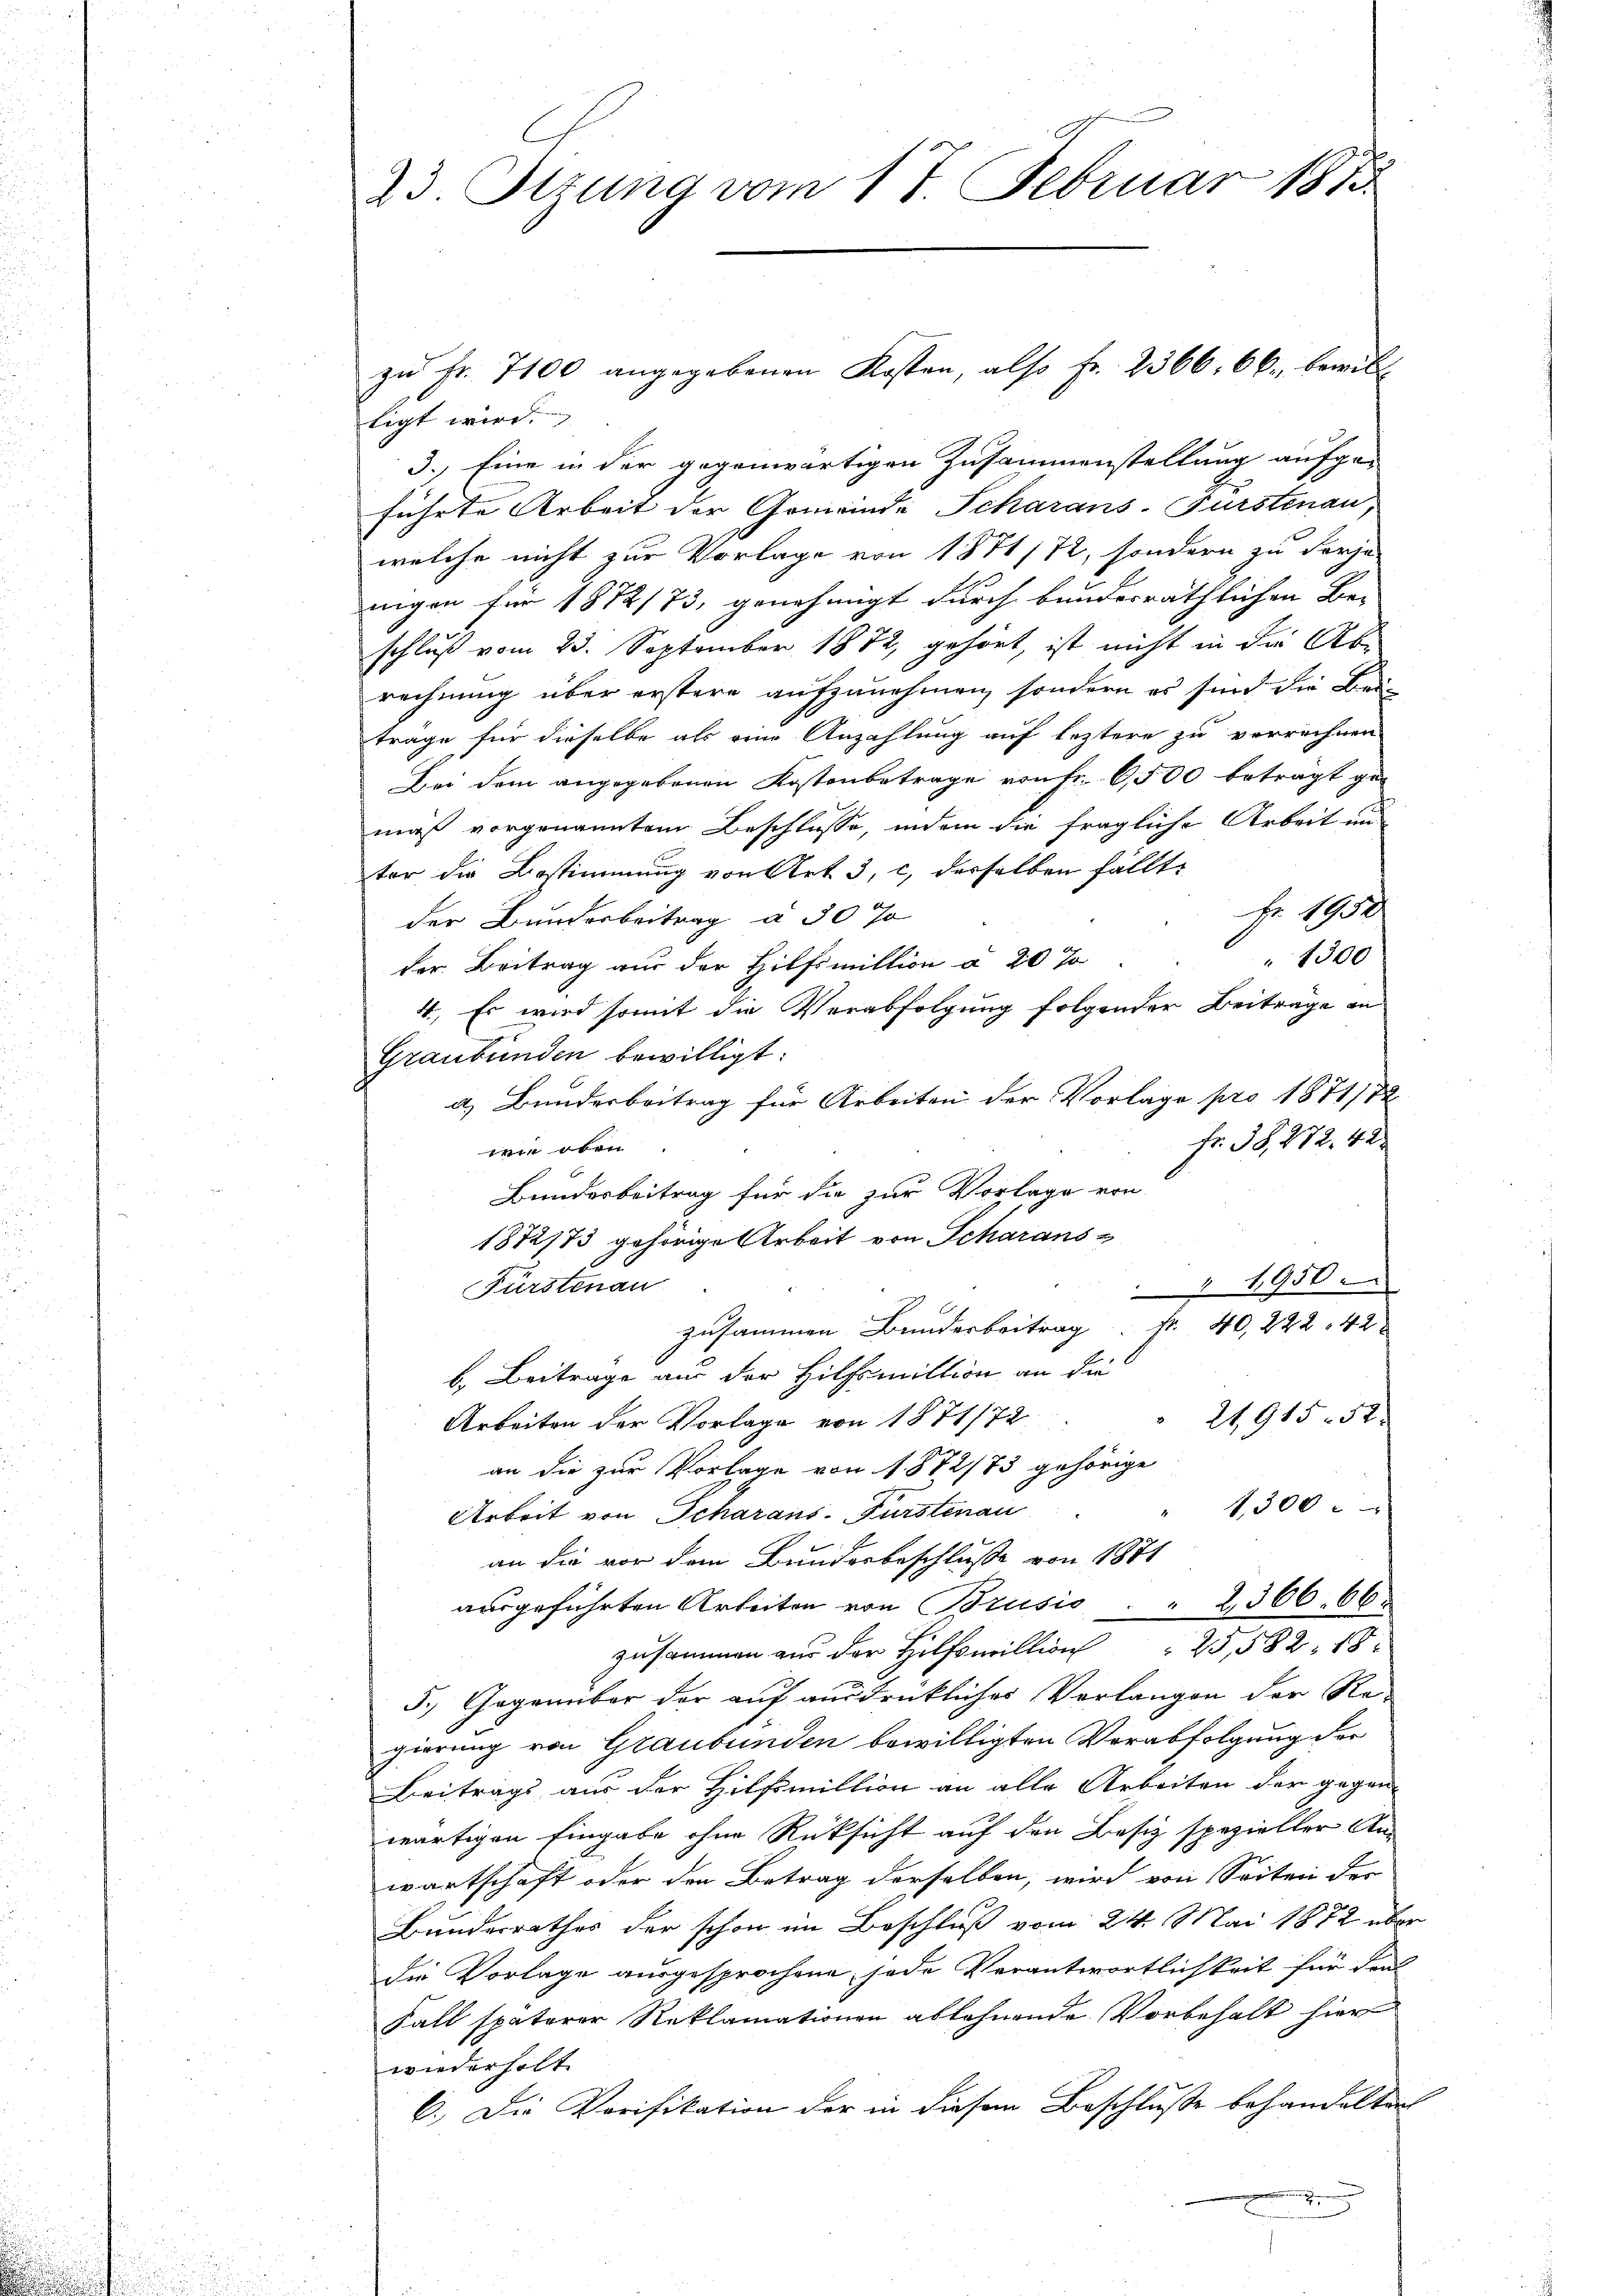
23. Sitzung vom 17. Februar 1873

zŭ Fr. 7100 angegebenen Kosten, also fr. 2366. 66, bewill
tigt wird.
3. Eine in der gegenwärtigen Zusammenstellung aufge-
führte Arbeit der Gemeinde Scharans-Fürstenau,
welche nicht zur Vorlage von 1871 172, sondern zu derja-
nigen für 1872/73, genehmigt durch bundesräthlichen Be-
schluß vom 23. September 1872, gehört, ist nicht in die Abe
rechnung über erstere aufzunehmen, sondern es sind die Beitrage für dieselbe als eine Anzahlung auf leztere zu verrechnen
Bei dem angegebenen Kostenbetrage von Fr. 6500 betragt ge-
mäß vorgenanntem Beschlüsse, indem die fragliche Arbeit un-
ter die Bestimmung von Art. 3, c) derselben fällte
Fr 1950
der Bunderbeitrag a 30 Ja
1300
der. Beitrag aus der Hilfsmittion a 20 J
4., Es wird somit die Verabfolgung folgender Beiträge an
Graubünden bewilligt:
a. Bunderbeitrag für Arbeiten der Vorlage pro 1871/72
fr. 38, 272. 422
d oben
Bundesbeitrag für die zur Vorlage von
1872/73 gehörige Arbeit von Scharans-
1950.
Fürstenau
zusammen Bunderbeitrag Fr. 40, 222 f 42 x
b. Beitrage aus der Hilfsmittion an die
21915. 52
Arbeiten der Vorlage von 1871/72
an die zur Vorlage von 1872/73 gehörige
1,300
Arbeit von Scharans-Fürstenau
an die von dem Bundesbeschluße von 1871
ausgeführten Arbeiten von Brusis . . 2366. 66.
zusammen an der Hilfsmillion 25, 582. 18 x
5.) Gegenüber der auf ausdrükliches Verlangen der Re-
gierung von Graubünden bewilligten Verabfolgung der
Beitrags aus der Hilfsmillion an alle Arbeiten der gegen
wärtigen Eingabe ohne Rüksicht auf den Besiz spezieller Anwartschaft oder den Betrag derselben, wird von Seiten der
Bundesrathes der schon im Beschluß vom 24. Mai 1872 über
die Vorlage ausgesprochene, jede Verantwortlichkeit für den
Fall späterer Reklamationen ablehnende Vorbehalt hier
wiederholt.
6.) Die Porifikation der in diesem Beschlusse behandelten